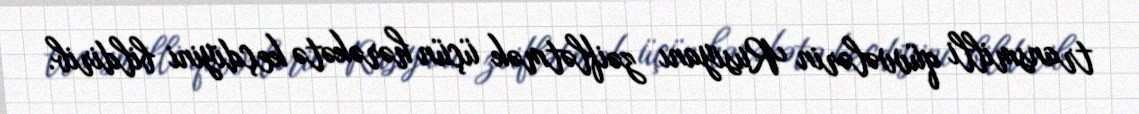
transmilli qüvvələrin Rusiyanı zəiflətmək üçün hərəkətə keçdiyini bildirib.